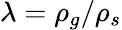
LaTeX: \lambda=\rho_{g}/\rho_{s}